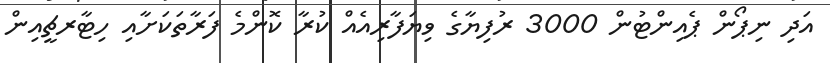
އަދި ނިޕޯން ޕެއިންޓުން 3000 ރުފިޔާގެ ވިޔަފާރިއެއް ކުރާ ކޮންމެ ފަރާތަކަށާއި ހިޓާރޗީއިން